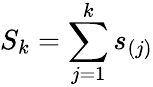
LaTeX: S_{k}=\sum_{j=1}^{k}s_{(j)}